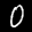
Label: 0